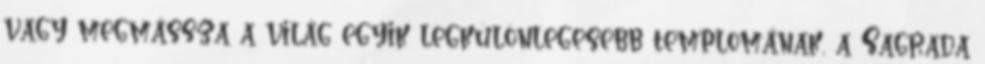
vagy megmássza a világ egyik legkülönlegesebb templomának, a Sagrada